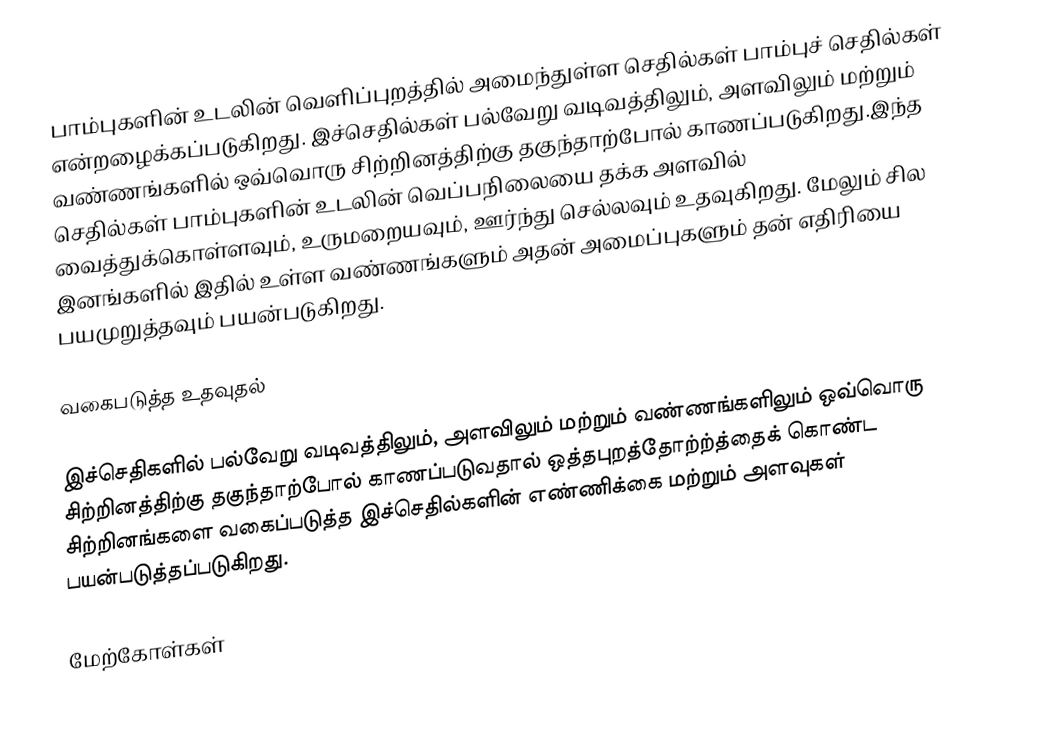
பாம்புகளின் உடலின் வெளிப்புறத்தில் அமைந்துள்ள செதில்கள் பாம்புச் செதில்கள் என்றழைக்கப்படுகிறது. இச்செதில்கள் பல்வேறு வடிவத்திலும், அளவிலும் மற்றும் வண்ணங்களில் ஒவ்வொரு சிற்றினத்திற்கு தகுந்தாற்போல் காணப்படுகிறது.இந்த செதில்கள் பாம்புகளின் உடலின் வெப்பநிலையை தக்க அளவில் வைத்துக்கொள்ளவும், உருமறையவும், ஊர்ந்து செல்லவும் உதவுகிறது. மேலும் சில இனங்களில் இதில் உள்ள வண்ணங்களும் அதன் அமைப்புகளும் தன் எதிரியை பயமுறுத்தவும் பயன்படுகிறது.

வகைபடுத்த உதவுதல்

இச்செதிகளில் பல்வேறு வடிவத்திலும், அளவிலும் மற்றும் வண்ணங்களிலும் ஒவ்வொரு சிற்றினத்திற்கு தகுந்தாற்போல் காணப்படுவதால் ஒத்தபுறத்தோற்ற்த்தைக் கொண்ட சிற்றினங்களை வகைப்படுத்த இச்செதில்களின் எண்ணிக்கை மற்றும் அளவுகள் பயன்படுத்தப்படுகிறது.

மேற்கோள்கள்